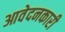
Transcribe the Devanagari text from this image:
आवेदनकारी